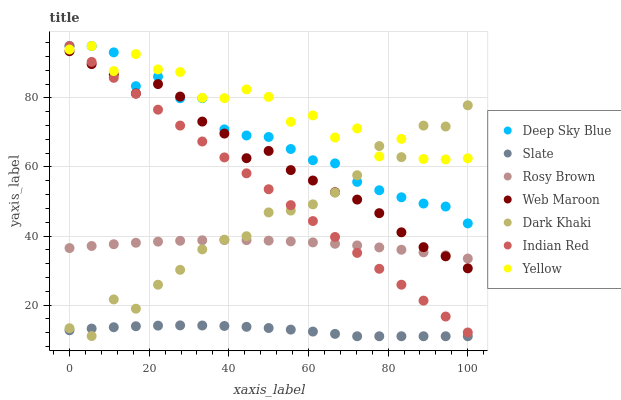
| xaxis_label | Deep Sky Blue | Slate | Rosy Brown | Web Maroon | Dark Khaki | Indian Red | Yellow |
 | --- | --- | --- | --- | --- | --- | --- | --- |
 | 0 | 95 | 12.7 | 36.5 | 93.5 | 13.3 | 95 | 94 |
 | 5.56 | 95 | 13.2 | 37.1 | 89.8 | 11.1 | 90.4 | 95 |
 | 11.1 | 93.2 | 13.6 | 37.6 | 86.8 | 21.7 | 85.8 | 87.8 |
 | 16.7 | 83.4 | 13.9 | 38.1 | 81.3 | 19 | 81.2 | 92.7 |
 | 22.2 | 86.1 | 14.1 | 38.4 | 84 | 25.9 | 76.6 | 88.2 |
 | 27.8 | 79.9 | 14.1 | 38.6 | 80.4 | 30.2 | 72 | 87.5 |
 | 33.3 | 79.9 | 14.1 | 38.8 | 73.1 | 36.1 | 67.4 | 80 |
 | 38.9 | 70.9 | 14 | 38.8 | 69.7 | 39 | 62.8 | 79.9 |
 | 44.4 | 69.1 | 13.7 | 38.8 | 62.5 | 40 | 58.2 | 82.4 |
 | 50 | 68.7 | 13.4 | 38.7 | 64.6 | 46.8 | 53.6 | 80.3 |
 | 55.6 | 65.2 | 12.9 | 38.5 | 59.1 | 47.4 | 48.9 | 73.1 |
 | 61.1 | 61.9 | 12.4 | 38.2 | 56.1 | 49.2 | 44.3 | 74.9 |
 | 66.7 | 61 | 11.7 | 37.8 | 52.7 | 52.6 | 39.7 | 68.5 |
 | 72.2 | 55.7 | 11 | 37.3 | 50.6 | 57.6 | 35.1 | 71.2 |
 | 77.8 | 53.3 | 11 | 36.7 | 46.6 | 66 | 30.5 | 63 |
 | 83.3 | 51.2 | 11 | 36 | 41.1 | 62.8 | 25.9 | 68.1 |
 | 88.9 | 49.4 | 11 | 35.3 | 36.8 | 72 | 21.3 | 62.3 |
 | 94.4 | 48.5 | 11 | 34.4 | 34.1 | 71.7 | 16.7 | 62.2 |
 | 100 | 43.7 | 11 | 33.5 | 30.7 | 77.8 | 12.1 | 62.5 |